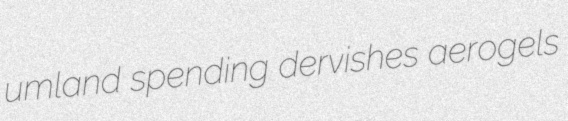
umland spending dervishes aerogels